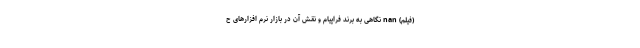
(فیلم) nan نگاهی به برند فراپیام و نقش آن در بازار نرم افزارهای ح